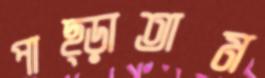
পাছ্‌ড়াতাম